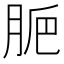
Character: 𦛐